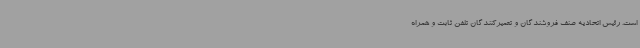
است. رئیس اتحادیه صنف فروشندگان و تعمیرکنندگان تلفن ثابت و همراه